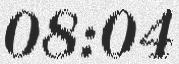
08:04